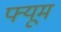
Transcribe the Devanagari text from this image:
फ्यूम